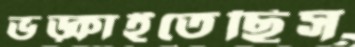
ভড়্‌কাইতেছিস